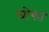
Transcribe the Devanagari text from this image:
घोषत